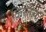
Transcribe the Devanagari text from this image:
क्रिस्तोफ